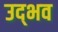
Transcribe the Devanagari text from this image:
उद्‌भव